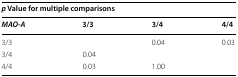
<table><thead><tr><td colspan="4"><b><i>p</i> Value for multiple comparisons</b></td></tr><tr><td><b><i>MAO</i>-<i>A</i></b></td><td><b>3/3</b></td><td><b>3/4</b></td><td><b>4/4</b></td></tr></thead><tbody><tr><td>3/3</td><td>[EMPTY_CELL]</td><td>0.04</td><td>0.03</td></tr><tr><td>3/4</td><td>0.04</td><td>[EMPTY_CELL]</td><td>[EMPTY_CELL]</td></tr><tr><td>4/4</td><td>0.03</td><td>1.00</td><td>[EMPTY_CELL]</td></tr></tbody></table>